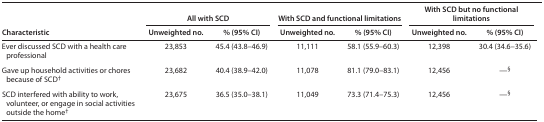
<table><thead><tr><td rowspan="2"><b>Characteristic</b></td><td colspan="2"><b>All with SCD</b></td><td colspan="2"><b>With SCD and functional limitations</b></td><td colspan="2"><b>With SCD but no functional limitations</b></td></tr><tr><td><b>Unweighted no.</b></td><td><b>% (95% CI)</b></td><td><b>Unweighted no.</b></td><td><b>% (95% CI)</b></td><td><b>Unweighted no.</b></td><td><b>% (95% CI)</b></td></tr></thead><tbody><tr><td>Ever discussed SCD with a health care professional</td><td>23,853</td><td>45.4 (43.8–46.9)</td><td>11,111</td><td>58.1 (55.9–60.3)</td><td>12,398</td><td>30.4 (34.6–35.6)</td></tr><tr><td>Gave up household activities or chores because of SCD<sup>†</sup></td><td>23,682</td><td>40.4 (38.9–42.0)</td><td>11,078</td><td>81.1 (79.0–83.1)</td><td>12,456</td><td>—<sup>§</sup></td></tr><tr><td>SCD interfered with ability to work, volunteer, or engage in social activities outside the home<sup>†</sup></td><td>23,675</td><td>36.5 (35.0–38.1)</td><td>11,049</td><td>73.3 (71.4–75.3)</td><td>12,456</td><td>—<sup>§</sup></td></tr></tbody></table>